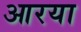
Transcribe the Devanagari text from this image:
आरया